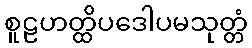
စူဠဟတ္ထိပဒေါပမသုတ္တံ